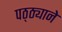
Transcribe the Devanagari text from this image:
पठ्ठ्याने